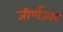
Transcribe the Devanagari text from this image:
जीर्णज्वर